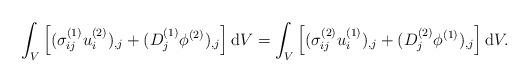
LaTeX: \begin{align*}\int_V\left[(\sigma_{ij}^{(1)}u_i^{(2)})_{,j} + (D_j^{(1)}\phi^{(2)})_{,j}\right]\mathrm{d}V = \int_V\left[(\sigma_{ij}^{(2)}u_i^{(1)})_{,j} + (D_j^{(2)}\phi^{(1)})_{,j}\right]\mathrm{d}V.\end{align*}